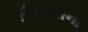
ચિકોરીના